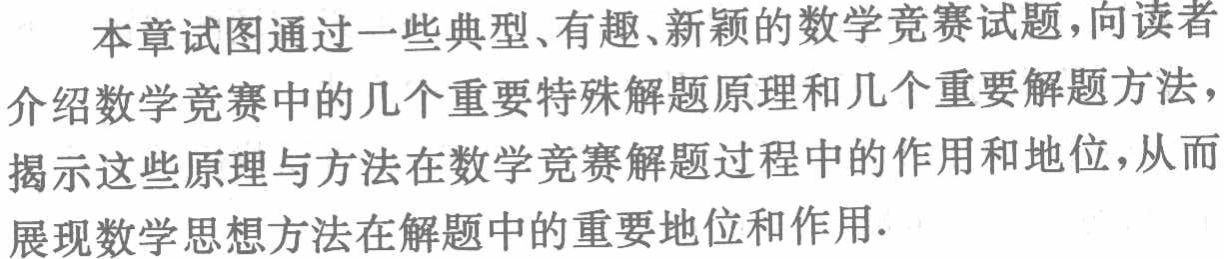
本章试图通过一些典型、有趣、新颖的数学竞赛试题，向读者介绍数学竞赛中的几个重要特殊解题原理和几个重要解题方法，揭示这些原理与方法在数学竞赛解题过程中的作用和地位，从而展现数学思想方法在解题中的重要地位和作用.